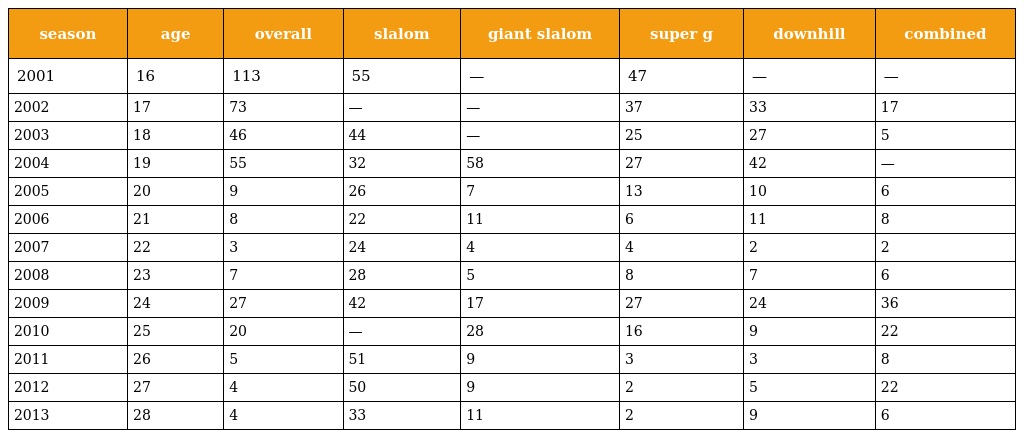
| season | age | overall | slalom | giant slalom | super g | downhill | combined |
 | --- | --- | --- | --- | --- | --- | --- | --- |
 | 2001 | 16 | 113 | 55 | — | 47 | — | — |
 | 2002 | 17 | 73 | — | — | 37 | 33 | 17 |
 | 2003 | 18 | 46 | 44 | — | 25 | 27 | 5 |
 | 2004 | 19 | 55 | 32 | 58 | 27 | 42 | — |
 | 2005 | 20 | 9 | 26 | 7 | 13 | 10 | 6 |
 | 2006 | 21 | 8 | 22 | 11 | 6 | 11 | 8 |
 | 2007 | 22 | 3 | 24 | 4 | 4 | 2 | 2 |
 | 2008 | 23 | 7 | 28 | 5 | 8 | 7 | 6 |
 | 2009 | 24 | 27 | 42 | 17 | 27 | 24 | 36 |
 | 2010 | 25 | 20 | — | 28 | 16 | 9 | 22 |
 | 2011 | 26 | 5 | 51 | 9 | 3 | 3 | 8 |
 | 2012 | 27 | 4 | 50 | 9 | 2 | 5 | 22 |
 | 2013 | 28 | 4 | 33 | 11 | 2 | 9 | 6 |